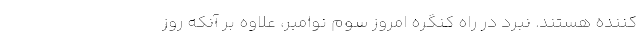
‌کننده هستند. نبرد در راه کنگره امروز سوم نوامبر، علاوه بر آنکه روز